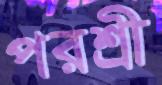
পরশ্রী